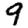
Digit: 9